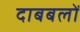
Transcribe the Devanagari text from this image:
दाबबलों